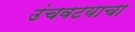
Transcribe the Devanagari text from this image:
उंचवटयाचा